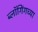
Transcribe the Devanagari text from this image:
ब्लॉगिंगच्या